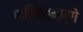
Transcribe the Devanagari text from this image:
पानिपतमार्गे